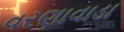
વરણાવાડા